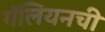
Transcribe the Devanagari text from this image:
गॅलियनची